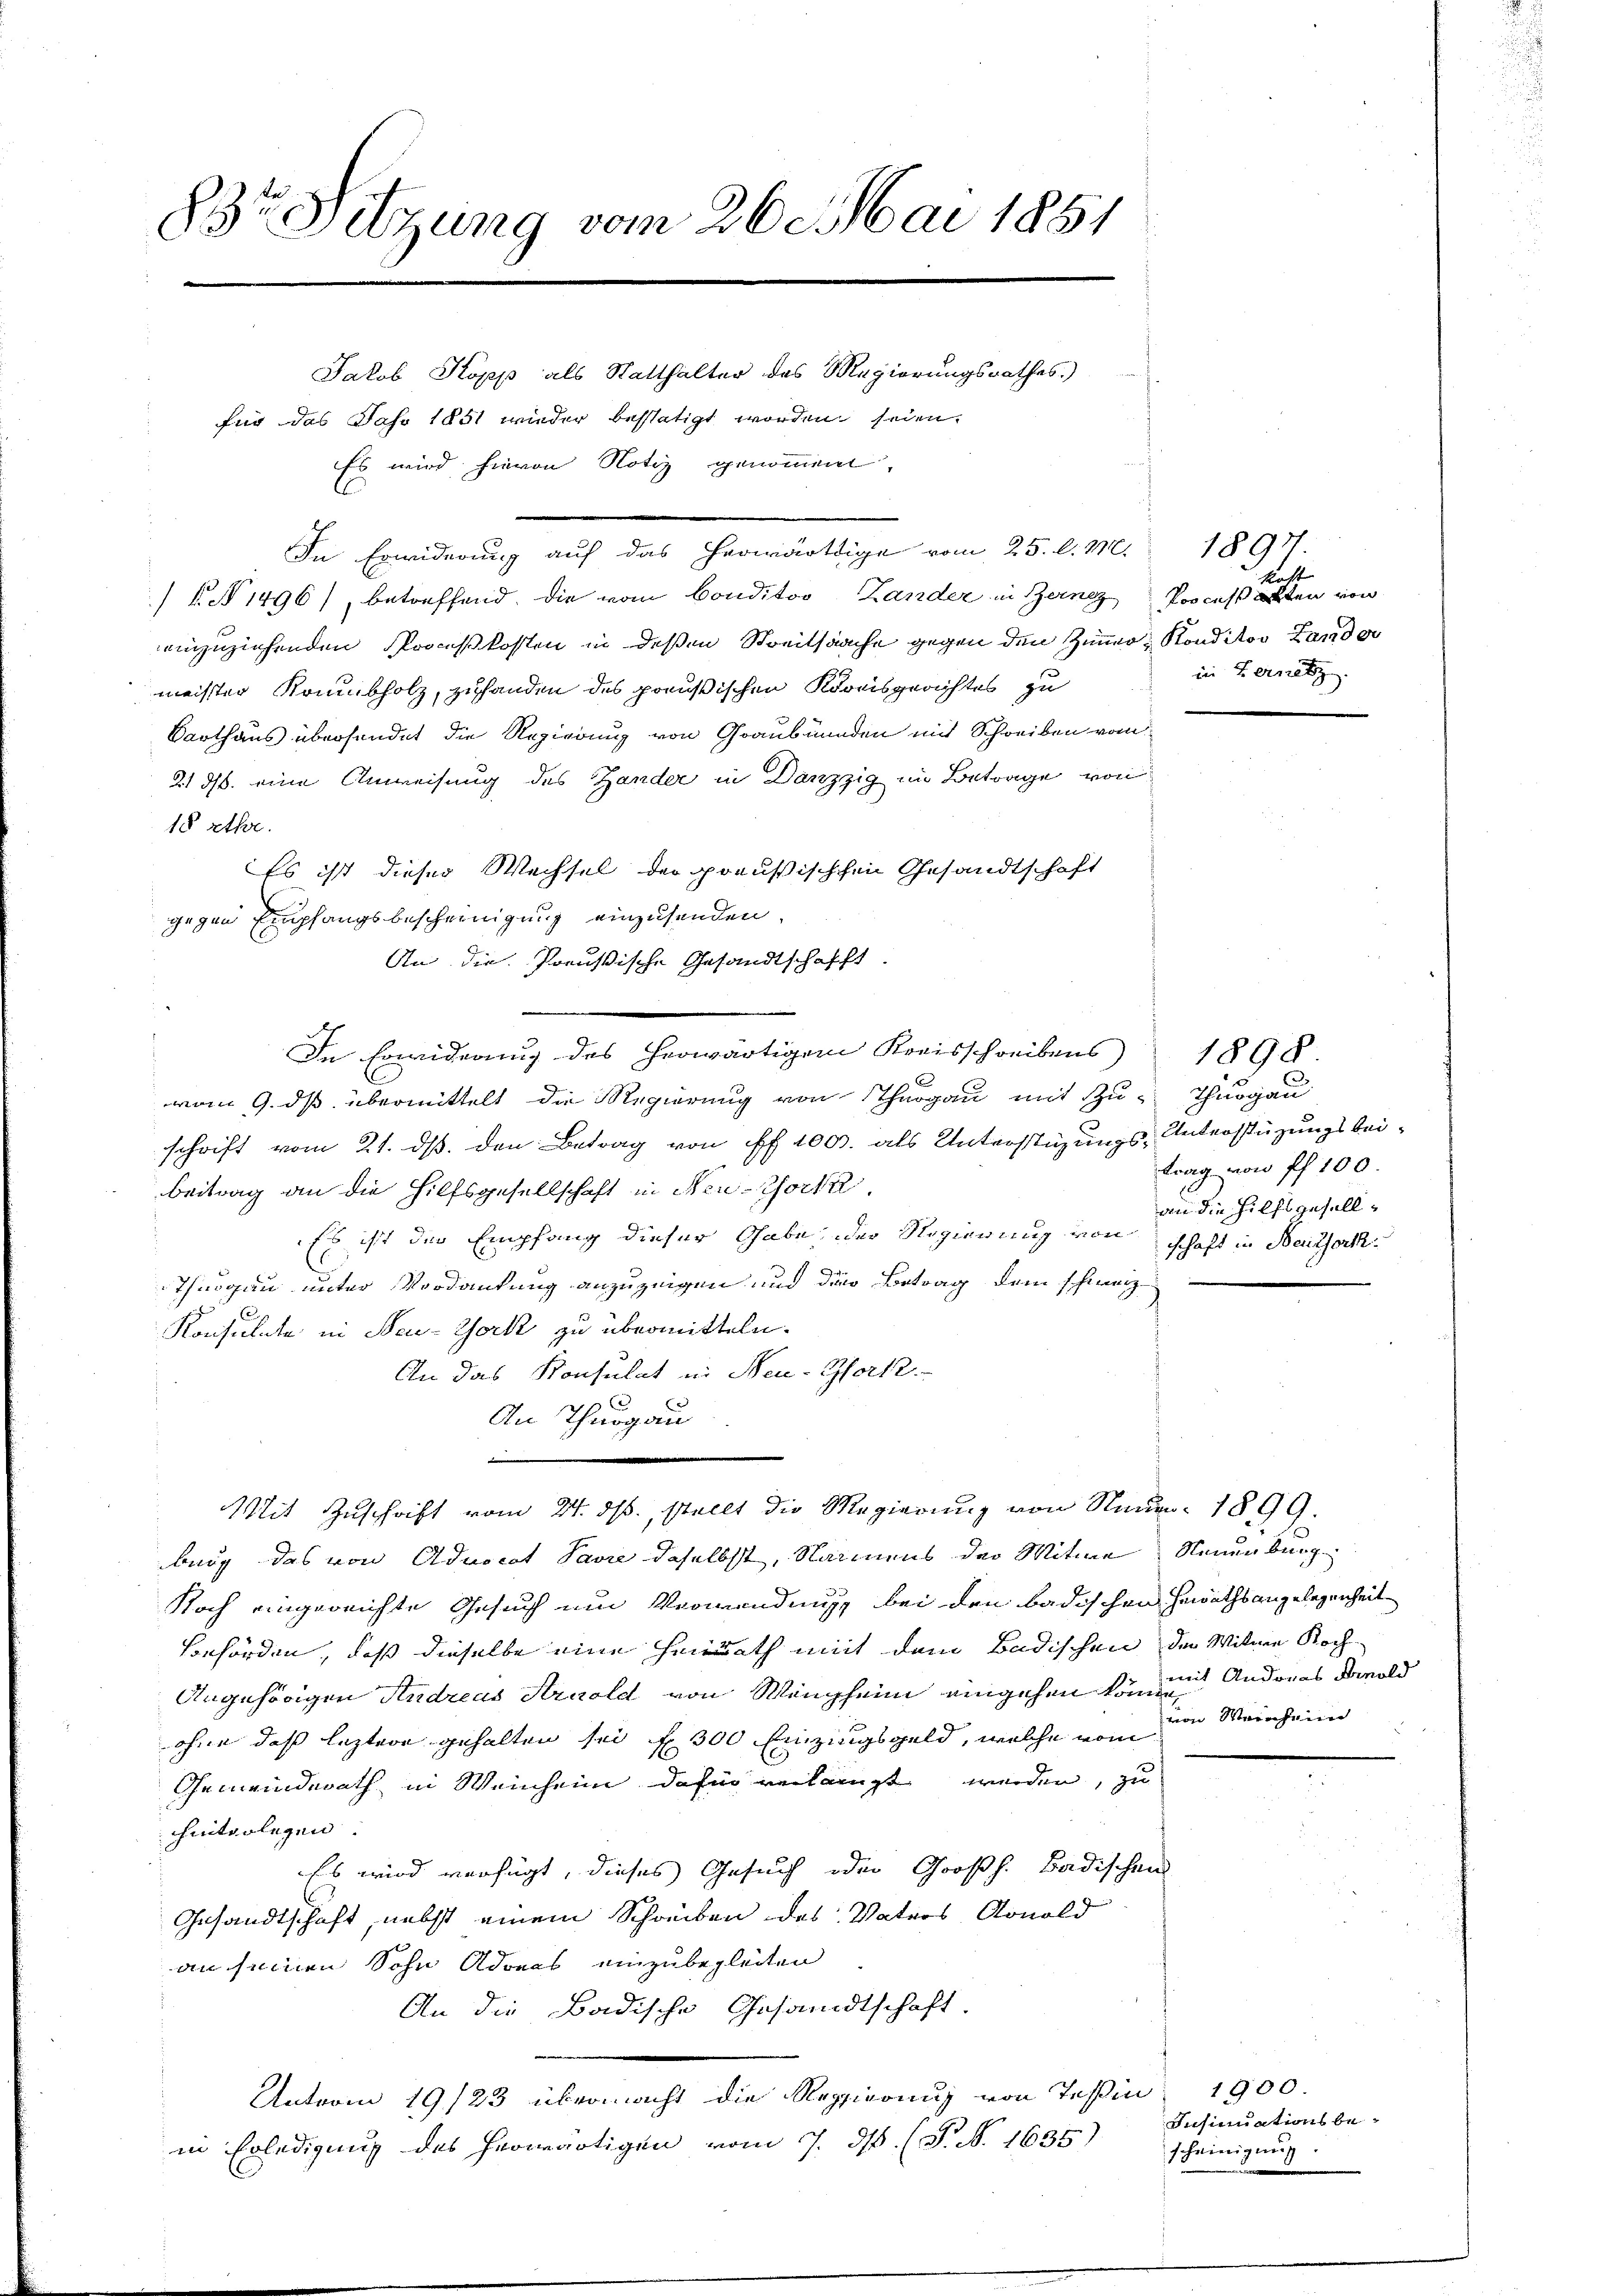
83te Sitzung vom 26. Mai 1851

Jakob Kopp als Statthalter des Regierungsrathes.)
für das Jahr 1851 wieder bestätigt worden seien.
Es wird hievon Notiz genommen,
) S. 1496), betreffend. Die vom Conditor Lander in Berne Process alten von
einzuziehenden Proceßkosten in deßen Streitsache gegen den Zimmer Konditor Lander
meister Raumbholz, zuhanden des preußischen Kreisgerichtes zu
Barthaus übersendet die Regierung von Graubünden mit Schreiben vom
21 ds. eine Anweisung des Zander in Danzzig im Betrage von
18 rth.
Es ist dieser Wechsel der preußischchen Gesandtschaft
gegen Empfangsbescheinigung einzusenden.
An die Preußische Gesandtschafft.
In Erwiderung des herwärtigem Kreisschreibens 1890.
vom 9. ds übermittelt die Regierung von Thurgau mit Zu- Thurgau
schrift vom 21. ds. den Betrag von ff. 100. als Unterstüzungs-Unterstützungsbeibeitrag an die Hilfsgesellschaft in New-York
Es ist der Empfang dieser Gabe, der Regierung von schaft in Beuthorth
Thurgau unter Vordankung anzuzeigen und die Betrag dem schweiz
Konsulate in New-York zu übermitteln.
An das Konsulat in Neu-Gfort.
C
An Thurgau

Mit Zuschrift vom 24. ds., stellt die Regierung von Neuer 1899.
burg das von Advocat Pavre daselbst, Namens der Mitwe Neuenburg
Noch eingereichte Gesuch um Verwendungs bei den badischen Gewachsangelegenheit
Behörden, daß dieselbe eine Heirath mit dem Badischen der Witwe Koch
Angehörigen Andreas Arnold von Wengheim eingehen können Anderes Binold
ohne daß letztere gehalten sei f 300 Einzingsgeld, welche vom
Gemeinderath in Weinheim dafür verlangt werden, zu
hinterlegen.
Es wird verfügt, dieses Gesuch oder Großh. Badischen
Gesandtschaft, nebst einem Schreiben des Vaters Arnold
an seinen Sohn Adoras einzubegleiten
An die Badische Gesandtschaft.
Antvom 19/23 übermacht die Regierung von Teßin 1900.
in Erledigung des herwärtigen vom 7. ds. (T. N. 1635)

In Erwiderung auf das herwärtige vom 25. d. 118.

nicht
in Fernetz

1897.

trag von fl 100.
an die Hilfsgesell¬

von Weinheim

Insinuationsbescheinigung.